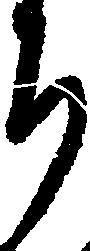
ち